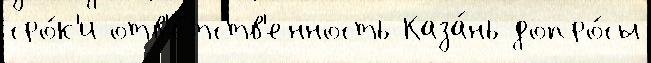
сро́к'и отв'е́тств'енность Каза́нь допро́сы